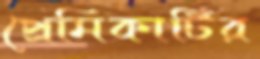
প্রেমিকাটির